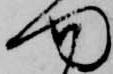
門